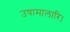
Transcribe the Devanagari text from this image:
उषामालारि।